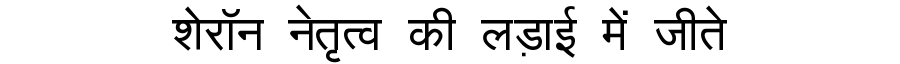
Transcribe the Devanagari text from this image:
शेरॉन नेतृत्व की लड़ाई में जीते